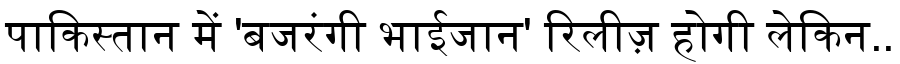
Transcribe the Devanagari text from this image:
पाकिस्तान में 'बजरंगी भाईजान' रिलीज़ होगी लेकिन..